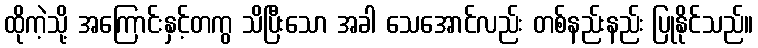
ထိုကဲ့သို့ အကြောင်းနှင့်တကွ သိပြီးသော အခါ သေအောင်လည်း တစ်နည်းနည်း ပြုနိုင်သည်။